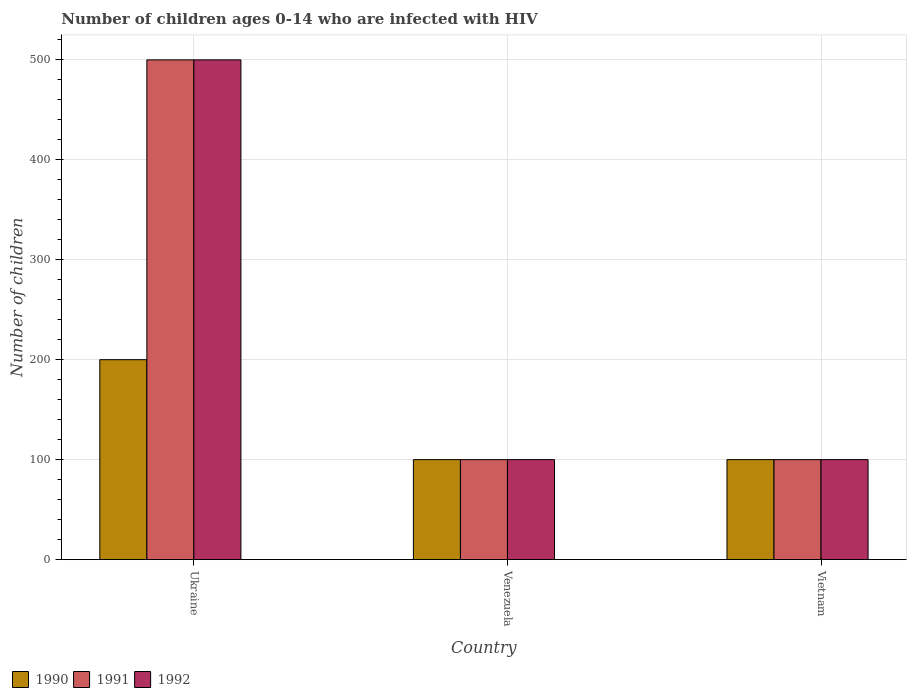
| Country | 1990 | 1991 | 1992 |
 | --- | --- | --- | --- |
 | Ukraine | 200 | 500 | 500 |
 | Venezuela | 100 | 100 | 100 |
 | Vietnam | 100 | 100 | 100 |